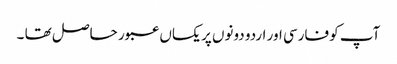
آپ کو فارسی اور اردو دونوں پر یکساں عبور حاصل تھا ۔